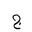
Letter: _gim